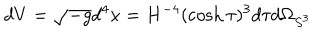
d V = \sqrt { - g } d ^ { 4 } x = H ^ { - 4 } ( \cosh \tau ) ^ { 3 } d \tau d \Omega _ { S ^ { 3 } }